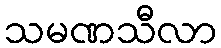
သမဏသီလာ